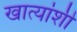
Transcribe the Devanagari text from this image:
खात्यांशी